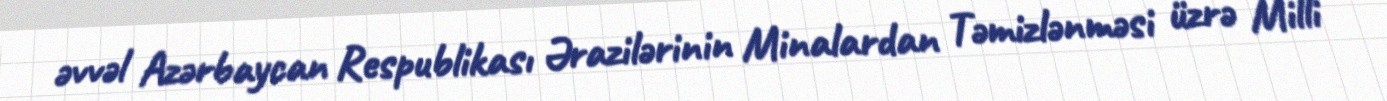
əvvəl Azərbaycan Respublikası Ərazilərinin Minalardan Təmizlənməsi üzrə Milli